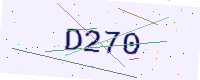
Text: D270